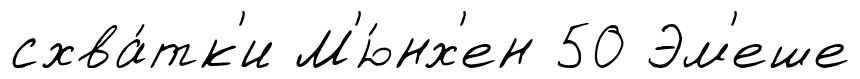
схва́тк'и М'ю́нх'ен 50 Эм'еше